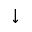
\downarrow